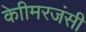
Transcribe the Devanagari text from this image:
केाीमरजंसी